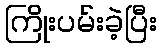
ကြိုးပမ်းခဲ့ပြီး